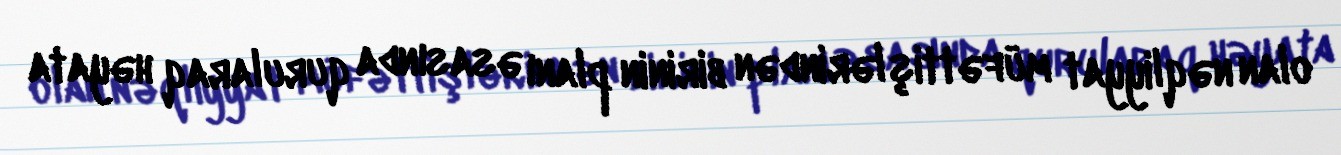
olan nəqliyyat müfəttişlərindən birinin planı əsasında qurularaq həyata